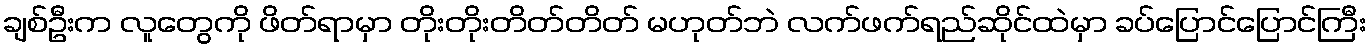
ချစ်ဦးက လူတွေကို ဖိတ်ရာမှာ တိုးတိုးတိတ်တိတ် မဟုတ်ဘဲ လက်ဖက်ရည်ဆိုင်ထဲမှာ ခပ်ပြောင်ပြောင်ကြီး